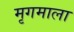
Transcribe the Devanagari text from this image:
मृगमाला